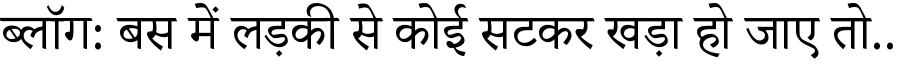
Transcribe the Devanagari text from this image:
ब्लॉग: बस में लड़की से कोई सटकर खड़ा हो जाए तो..